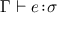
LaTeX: \Gamma \vdash e \! : \! \sigma